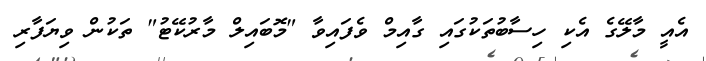
އެއީ މާލޭގެ އެކި ހިސާބުތަކުގައި ގާއިމް ވެފައިވާ "މޮބައިލް މާރުކޭޓު" ތަކުން ވިޔަފާރި